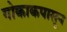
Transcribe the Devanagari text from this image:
गोकाकपासून